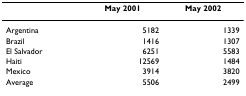
|  | May 2001 | May 2002 |
 | --- | --- | --- |
 | Argentina | 5182 | 1339 |
 | Brazil | 1416 | 1307 |
 | El Salvador | 6251 | 5583 |
 | Haiti | 12569 | 1484 |
 | Mexico | 3914 | 3820 |
 | Average | 5506 | 2499 |